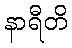
နာရီတိ